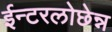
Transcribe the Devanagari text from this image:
ईन्टरलोछेन्न